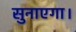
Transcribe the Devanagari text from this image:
सुनाएगा।